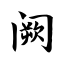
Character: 阙